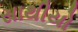
સાથીયો